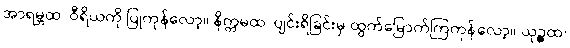
အာရမ္ဘထ၊ ဝီရိယကို ပြုကုန်လော့။ နိက္ကမထ၊ ပျင်းရိခြင်းမှ ထွက်မြောက်ကြကုန်လော့။ ယုဉ္ဇထ၊